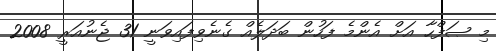
މި ޞަފްހާ އަށް އެންމެ ފަހުން ބަދަލެއް ގެނެވިފައިވަނީ 31 ޖެނުއަރީ 2008